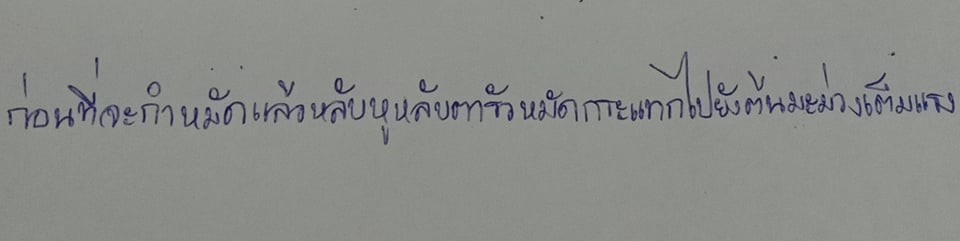
ก่อนที่จะกำหมัดแล้วหลับหูหลับตารัวหมัดกระแทกไปยังต้นมะม่วงเต็มแรง